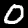
Label: 0